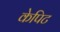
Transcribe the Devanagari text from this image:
केपिट